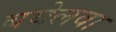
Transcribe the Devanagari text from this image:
बघेलवा